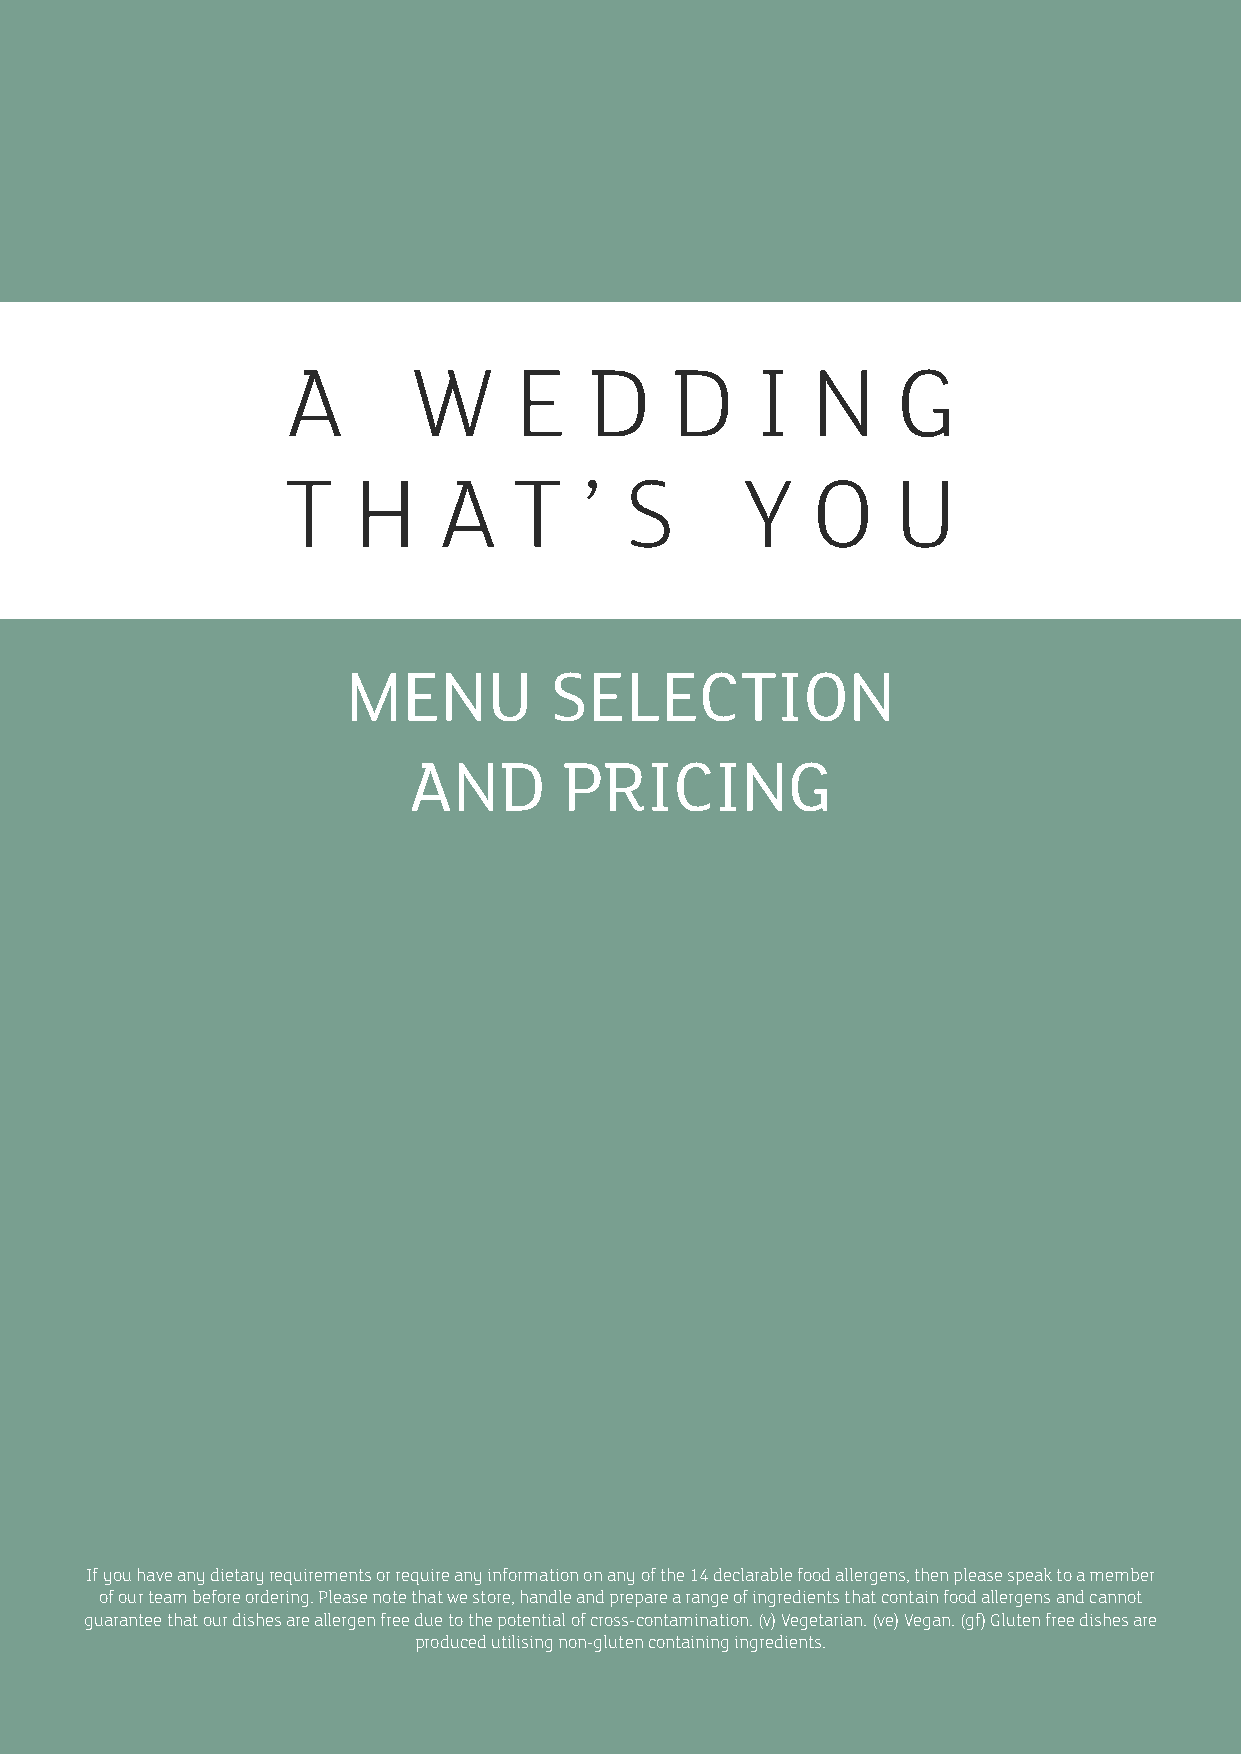
A       W      E    D    D     I   N    G
 T   H     A    T    ’ S       Y    O    U
 MENU         SELECTION
 AND       PRICING
 If you have any dietary requirements or require any information on any of the 14 declarable food allergens, then please speak to a member
 of our team before ordering. Please note that we store, handle and prepare a range of ingredients that contain food allergens and cannot
 guarantee that our dishes are allergen free due to the potential of cross-contamination. (v) Vegetarian. (ve) Vegan. (gf) Gluten free dishes are
 produced utilising non-gluten containing ingredients.
 1